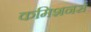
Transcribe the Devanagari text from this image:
कमिशनर्स